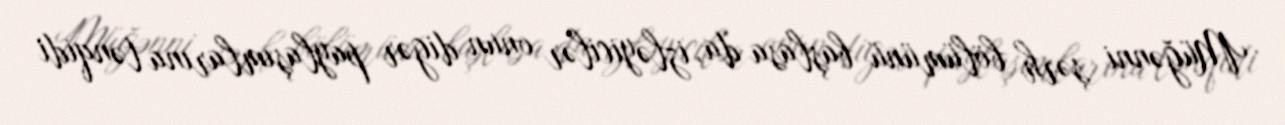
Müğənni şərh bölümünü başlasa da, izləyicilər onun digər paylaşımlarına tənqidi